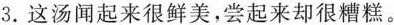
3.这汤闻起来很鲜美，尝起来却很糟糕。